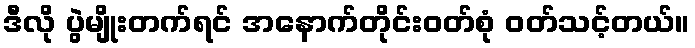
ဒီလို ပွဲမျိုးတက်ရင် အနောက်တိုင်းဝတ်စုံ ဝတ်သင့်တယ်။